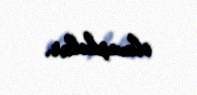
olmuşdular.